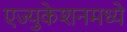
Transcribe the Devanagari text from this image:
एज्युकेशनमध्ये